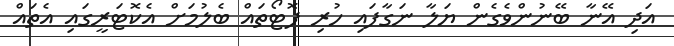
އަދި އޭނާ ބޭނުންވެގެން ޔަލާ ނަގާފައި ހުރި ފޮޓޯތައް ބެލުމަށް އެކޮޓަރީގައި އެތައް